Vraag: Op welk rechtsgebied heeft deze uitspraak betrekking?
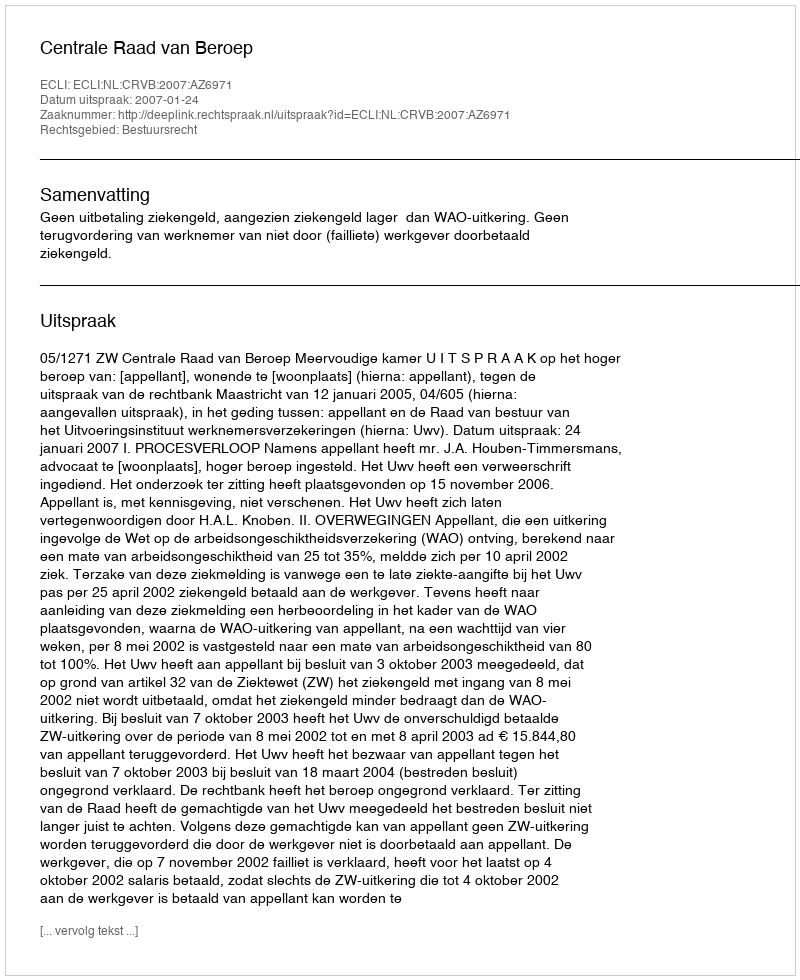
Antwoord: Bestuursrecht